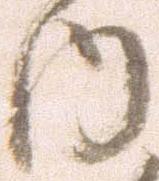
内